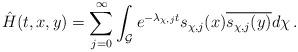
LaTeX: \begin{align*} \hat{H}(t,x,y)=\sum_{j=0}^{\infty}\int_{\mathcal{G}}e^{-\lambda_{\chi,j}t}s_{\chi,j}(x)\overline{s_{\chi,j}(y)}d\chi \,.\end{align*}